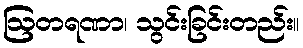
ဩတရဏာ၊ သွင်းခြင်းတည်း။